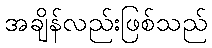
အချိန်လည်းဖြစ်သည်